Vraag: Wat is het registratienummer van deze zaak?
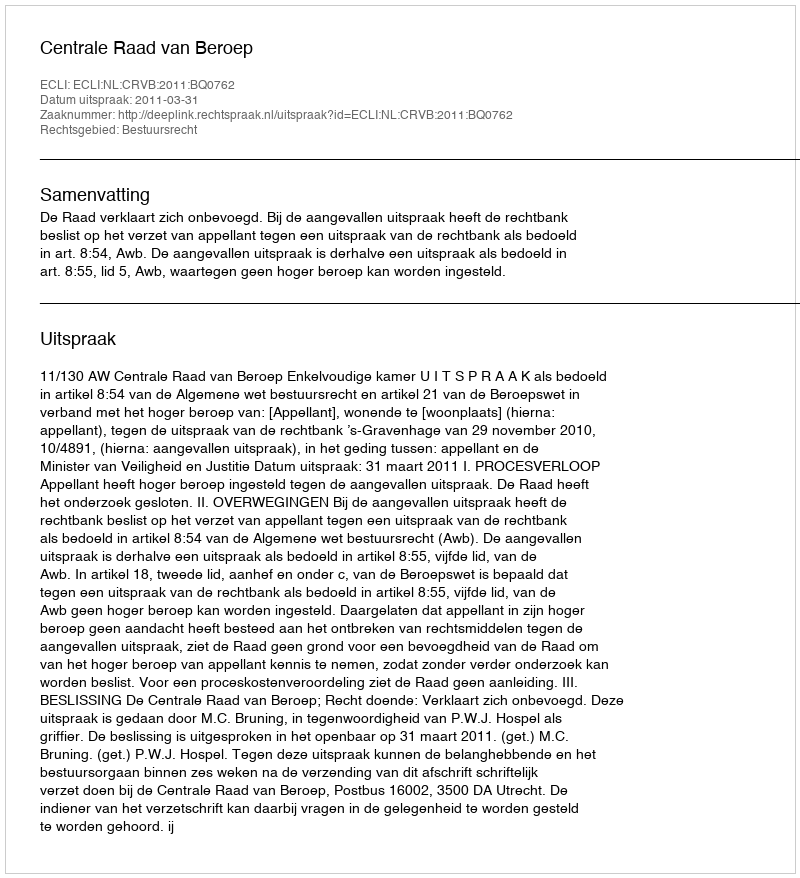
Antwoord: http://deeplink.rechtspraak.nl/uitspraak?id=ECLI:NL:CRVB:2011:BQ0762